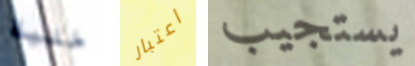
خلية اعتبار يستجيب